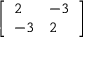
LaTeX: \left[ { \begin{array} { l l } { 2 } & { - 3 } \\ { - 3 } & { 2 } \end{array} } \right]